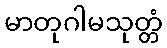
မာတုဂါမသုတ္တံ